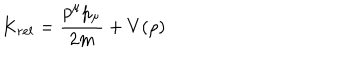
K _ { r e l } = { \frac { p ^ { \mu } p _ { \mu } } { 2 m } } + V ( \rho )